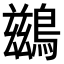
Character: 鷀